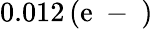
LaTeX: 0.012\, (\mathrm{e}\mathrm{{~-~}})